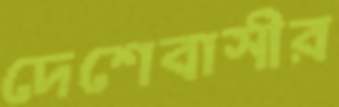
দেশেবাসীর